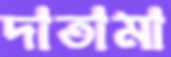
দাতামা